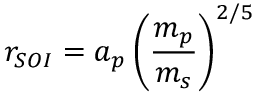
r _ { S O I } = a _ { p } \left( { \frac { m _ { p } } { m _ { s } } } \right) ^ { 2 / 5 }